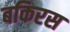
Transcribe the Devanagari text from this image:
बकिरस